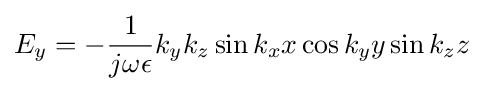
E_{y}=-{\frac {1}{j\omega \epsilon }}k_{y}k_{z}\sin k_{x}x\cos k_{y}y\sin k_{z}z